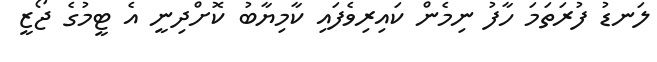
ލަނޑު ފުރަތަމަ ހާފު ނިމެން ކައިރިވެފައި ކާމިޔާބު ކޮށްދިނީ އެ ޓީމުގެ ޖޯޒީ